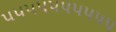
૫૫૫૫૫૫૫૫૫૫